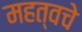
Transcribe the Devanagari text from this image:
महत्वचे